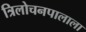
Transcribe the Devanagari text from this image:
त्रिलोचनपालाला